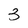
Character: 3